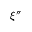
\xi ^ { \dprime }